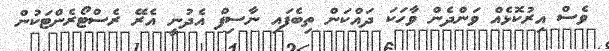
ވެސް އިރުކޮޅެއް ވަންދެން ވާހަކަ ދައްކަން ތިބެފައި ނާސިފް އެދުނީ އެރޭ ރެސްޓޯރެންޓަކުން